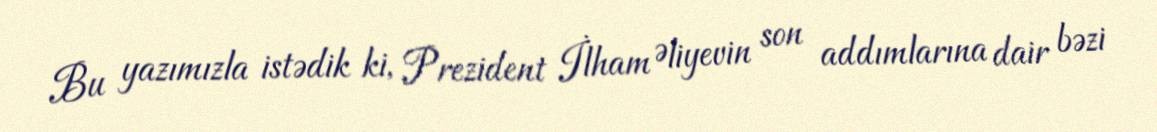
Bu yazımızla istədik ki, Prezident İlham Əliyevin son addımlarına dair bəzi